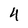
Character: 4